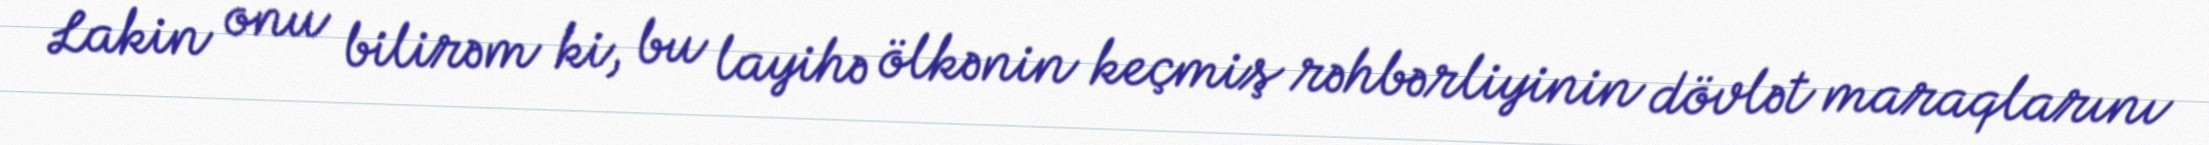
Lakin onu bilirəm ki, bu layihə ölkənin keçmiş rəhbərliyinin dövlət maraqlarını